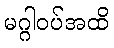
မဂ္ဂါဝပ်အထိ